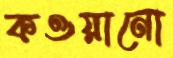
কওয়ানো